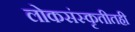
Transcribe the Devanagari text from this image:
लोकसंस्कृतीतही